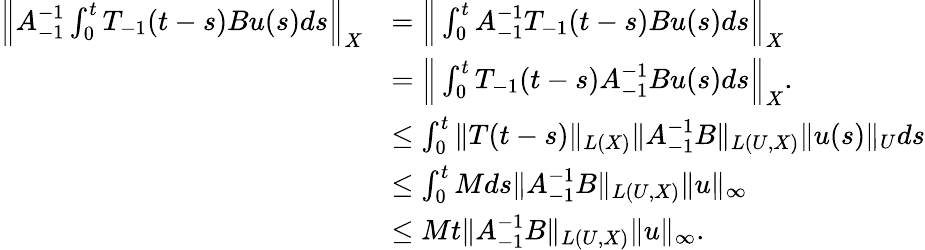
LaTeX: \begin{array}{rl}{\Big\| A_{-1}^{-1}\int_{0}^{t}T_{-1}(t-s)Bu(s)ds\Big\| _{X}}&{=\Big\| \int_{0}^{t}A_{-1}^{-1}T_{-1}(t-s)Bu(s)ds\Big\| _{X}}\\ &{=\Big\| \int_{0}^{t}T_{-1}(t-s)A_{-1}^{-1}Bu(s)ds\Big\| _{X}.}\\ &{\leq\int_{0}^{t}\| T(t-s)\| _{L(X)}\| A_{-1}^{-1}B\| _{L(U,X)}\| u(s)\| _{U}ds}\\ &{\leq\int_{0}^{t}Mds\| A_{-1}^{-1}B\| _{L(U,X)}\| u\| _{\infty}}\\ &{\leq Mt\| A_{-1}^{-1}B\| _{L(U,X)}\| u\| _{\infty}.}\end{array}